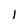
Character: l